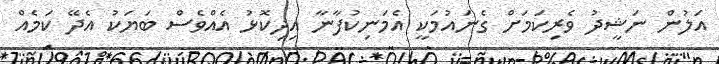
އަލުން ނަޝީދު ވެރިކަމަށް ގެނައުމަކީ އެމަނިކުފާނާ އިދިކޮޅު އެއްވެސް ބަޔަކު އެދޭ ކަމެއް